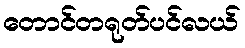
တောင်တရုတ်ပင်လယ်